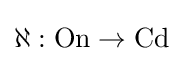
\aleph :{\text{On}}\rightarrow {\text{Cd}}